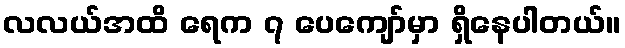
လလယ်အထိ ရေက ၇ ပေကျော်မှာ ရှိနေပါတယ်။